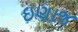
ઇણાજ